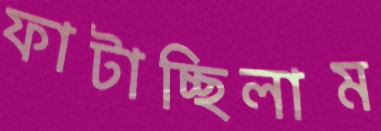
ফাটাচ্ছিলাম